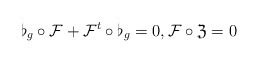
\begin{align*} \flat_g \circ \mathcal{F}+\mathcal{F}^t \circ \flat_g=0,\mathcal{F} \circ \mathfrak{Z}=0 \end{align*}